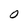
Character: 0